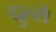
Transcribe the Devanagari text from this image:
दुल्से